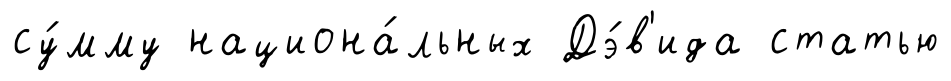
су́мму национа́льных Дэ́в'ида статью